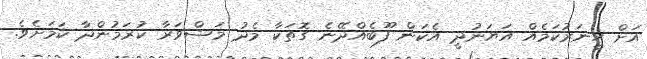
އަށް ހީނަރުކަމެއް އަޔަނުދީ އެކަން ފޫބެއްދޭނެ ގޮތަކާ މެދު މަޝްވަރާ ކުރަމުންދާ ކަމަށެވެ.